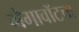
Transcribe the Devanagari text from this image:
मेगावॉटचा